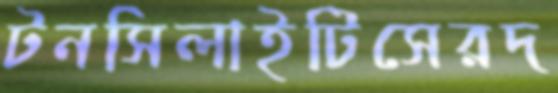
টনসিলাইটিসেরদ